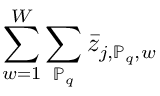
\sum _ { w = 1 } ^ { W } \sum _ { \mathbb { P } _ { q } } \bar { z } _ { j , \mathbb { P } _ { q } , w }